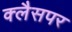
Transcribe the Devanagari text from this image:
क्लैसपर